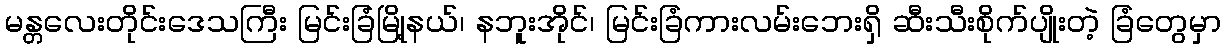
မန္တလေးတိုင်းဒေသကြီး မြင်းခြံမြို့နယ်၊ နဘူးအိုင်၊ မြင်းခြံကားလမ်းဘေးရှိ ဆီးသီးစိုက်ပျိုးတဲ့ ခြံတွေမှာ